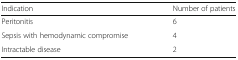
<table><thead><tr><td><b>Indication</b></td><td><b>Number of patients</b></td></tr></thead><tbody><tr><td>Peritonitis</td><td>6</td></tr><tr><td>Sepsis with hemodynamic compromise</td><td>4</td></tr><tr><td>Intractable disease</td><td>2</td></tr></tbody></table>